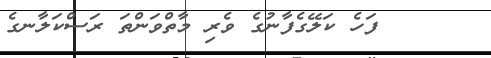
٧٤     ފަހެ ކަލޭގެފާނުގެ ވެރި މާތްވަންތަ ރަސްކަލާނގެ